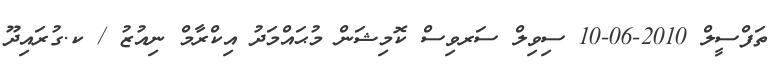
ތަފްސީލް 2010-06-10 ސިވިލް ސަރވިސް ކޮމިޝަން މުޙައްމަދު އިކްރާމް ނިއުޒު / ކ.ގުރައިދޫ